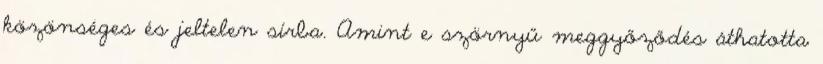
közönséges és jeltelen sírba. Amint e szörnyű meggyőződés áthatotta